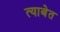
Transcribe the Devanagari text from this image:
त्याबेत